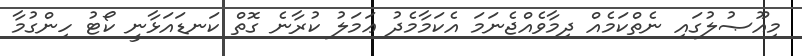
މިއޫޞުލުގައި ނެތްކަމެއް ދިމާވެއްޖެނަމަ އެކަމާމެދު ޢަމަލު ކުރާނެ ގޮތް ކަނޑައަޅާނީ ކޯޓު ހިންގުމާ